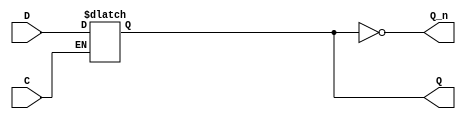
module AsyncRegister (
    input wire D,          // Data input
    input wire C,          // Control signal (active high)
    output reg Q,          // Data output
    output wire Q_n        // Complement output
);

// Invert the data output for complement output
assign Q_n = ~Q;

// Always block to capture data on control signal assertion
always @(*) begin
    if (C) begin
        Q = D;  // Capture data when control signal is active
    end
    // If control signal is not active, retain previous value of Q
end

endmodule